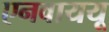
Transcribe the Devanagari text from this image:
एनवाययू